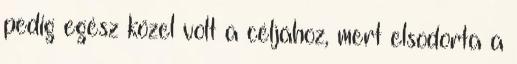
pedig egész közel volt a céljához, mert elsodorta a